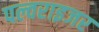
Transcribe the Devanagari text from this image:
पल्वराइजर